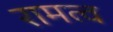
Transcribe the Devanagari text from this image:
रामत्व